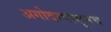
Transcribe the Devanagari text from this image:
अगोदरपासूनच